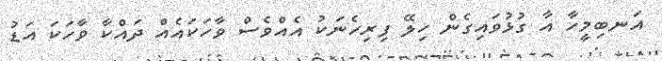
އަނބިމީހާ އާ ގުޅުވައިގެން ހިލޭ ފިރިހެނަކު އެއްވެސް ވާހަކައެއް ދައްކާ ވާހަކަ އަޑު